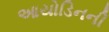
આયોડિનની